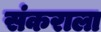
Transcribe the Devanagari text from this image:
संकराला